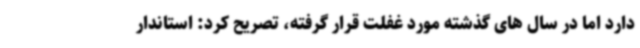
دارد اما در سال های گذشته مورد غفلت قرار گرفته، تصریح کرد: استاندار